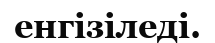
енгізіледі.